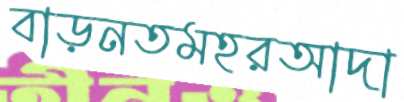
বাড়নতমহরআদা